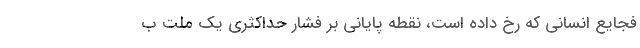
فجایع انسانی که رخ داده است، نقطه پایانی بر فشار حداکثری یک ملت ب